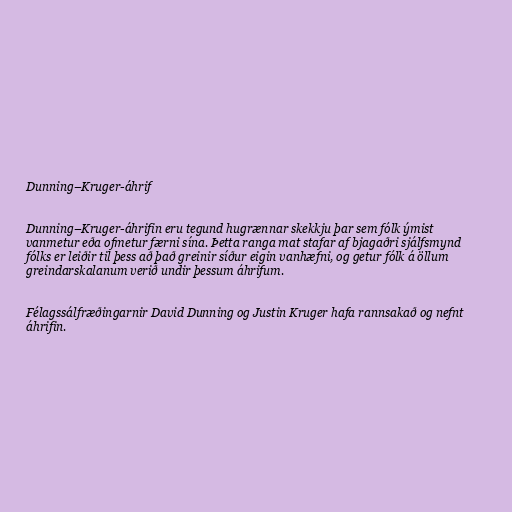
Dunning–Kruger-áhrif

Dunning–Kruger-áhrifin eru tegund hugrænnar skekkju þar sem fólk ýmist
vanmetur eða ofmetur færni sína. Þetta ranga mat stafar af bjagaðri sjálfsmynd
fólks er leiðir til þess að það greinir síður eigin vanhæfni, og getur fólk á öllum
greindarskalanum verið undir þessum áhrifum.

Félagssálfræðingarnir David Dunning og Justin Kruger hafa rannsakað og nefnt
áhrifin.